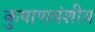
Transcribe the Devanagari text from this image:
कुषाणवंशीय